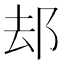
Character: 𨚫